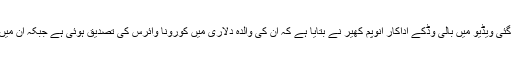
مائیکرو بلاگنگ ویب سائٹ ٹویٹر پر پوسٹ کی گئی ویٖڈیو میں بالی وڈکے اداکار انوپم کھیر نے بتایا ہے کہ ان کی والدہ دلاری میں کورونا وائرس کی تصدیق ہوئی ہے جبکہ ان میں اس وائرس کی معمولی علامات ظاہر ہوئی ہیں۔